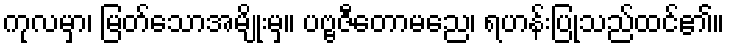
ကုလမှာ၊ မြတ်သောအမျိုးမှ။ ပဗ္ဗဇီတောမညေ၊ ရဟန်းပြုသည်ထင်၏။